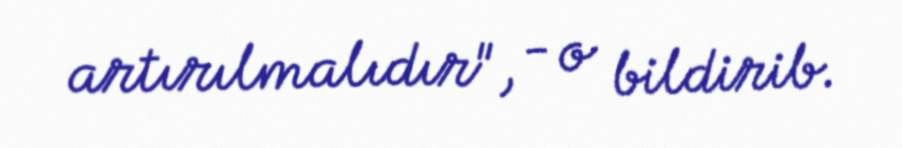
artırılmalıdır", - o bildirib.